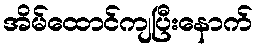
အိမ်ထောင်ကျပြီးနောက်